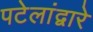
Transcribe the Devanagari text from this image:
पटेलांद्वारे